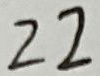
2 2